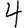
Digit: 4